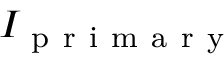
I _ { \mathrm { ~ p ~ r ~ i ~ m ~ a ~ r ~ y ~ } }